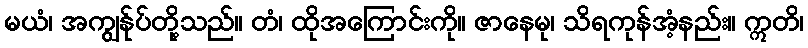
မယံ၊ အကျွန်ုပ်တို့သည်။ တံ၊ ထိုအကြောင်းကို။ ဇာနေမု၊ သိရကုန်အံ့နည်း။ ဣတိ၊